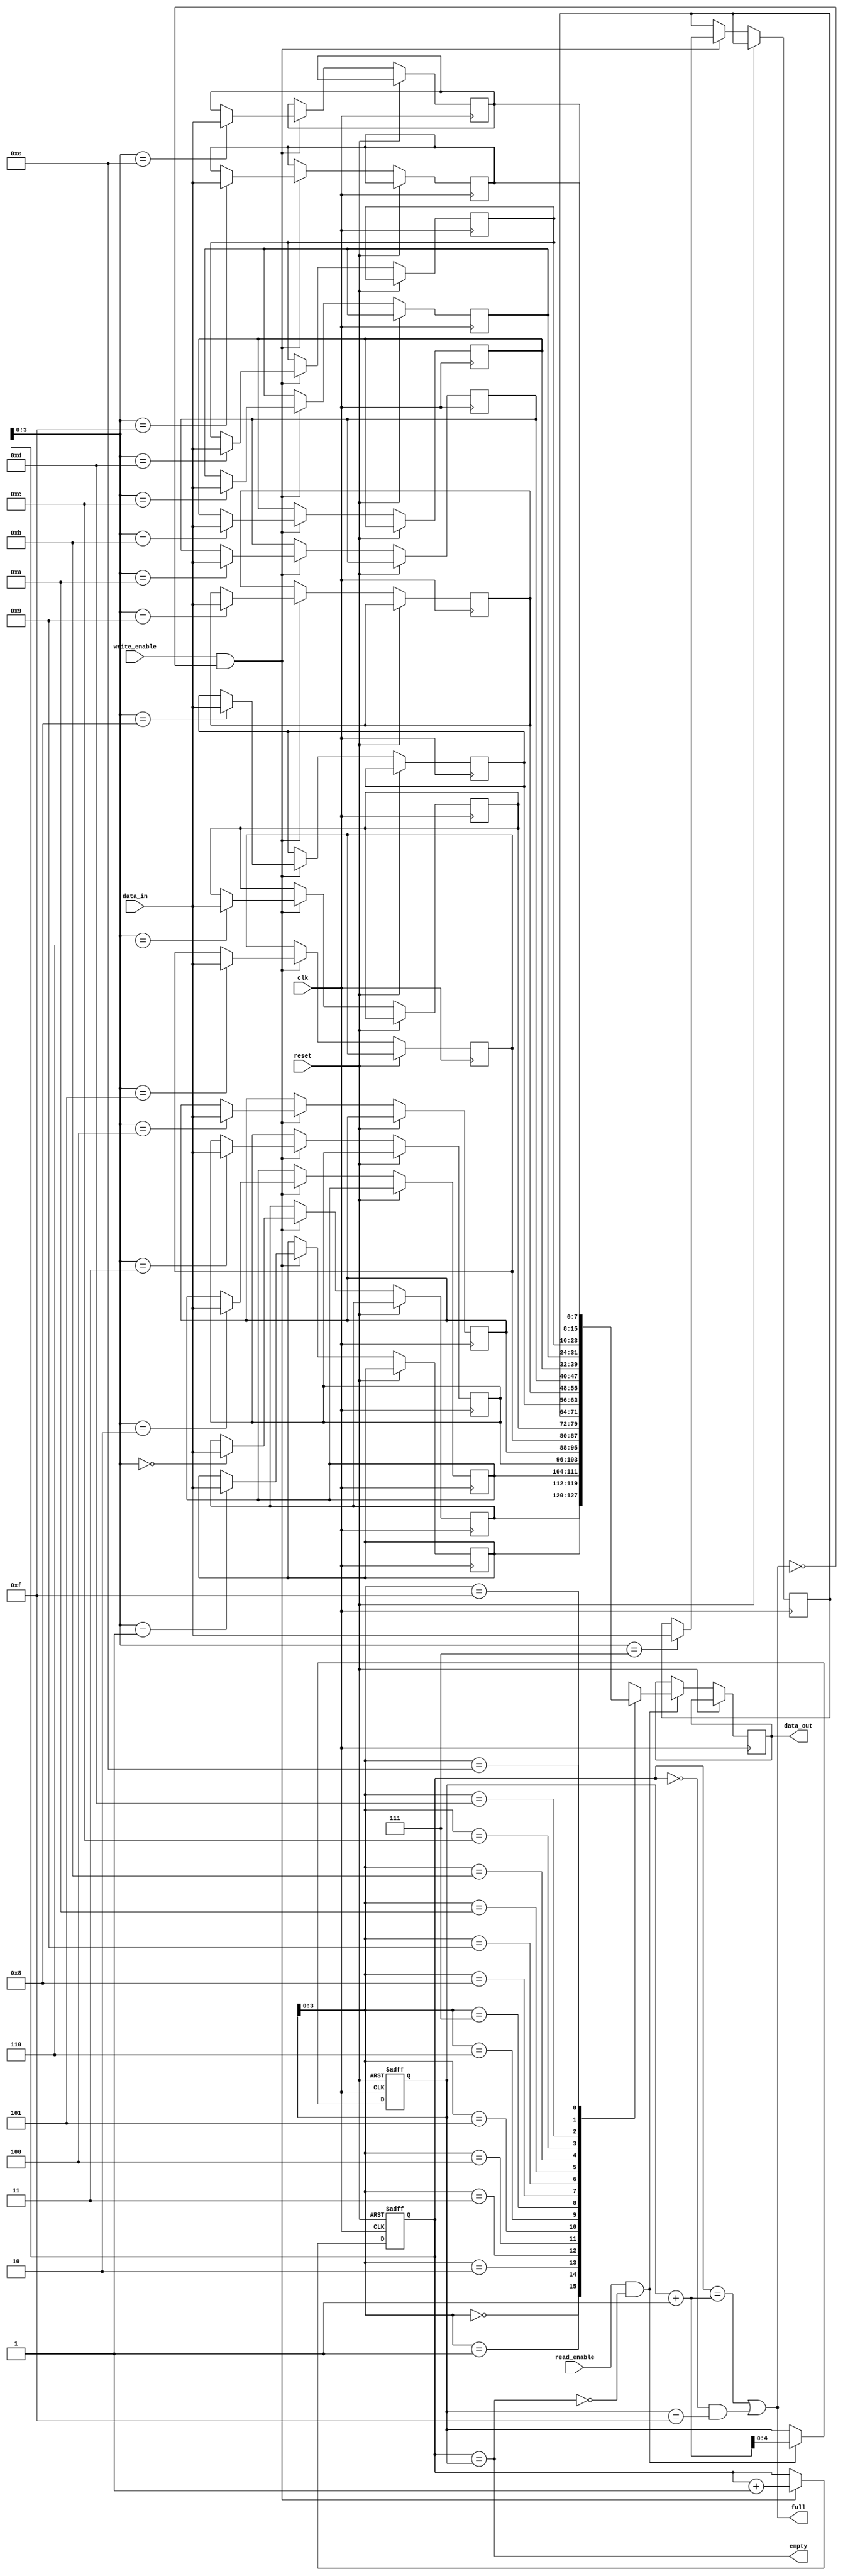
module fifo_buffer (
input wire clk,
input wire reset,
input wire write_enable,
input wire read_enable,
input wire [DATA_WIDTH-1:0] data_in,
output reg [DATA_WIDTH-1:0] data_out,
output wire full,
output wire empty
);

parameter DEPTH = 16;
parameter DATA_WIDTH = 8;

reg [DATA_WIDTH-1:0] memory [0:DEPTH-1];
reg [4:0] write_pointer;
reg [4:0] read_pointer;

assign full = ((write_pointer == read_pointer + 1) || (write_pointer == 0 && read_pointer == DEPTH-1));
assign empty = (write_pointer == read_pointer);

always @ (posedge clk or posedge reset) begin
if (reset) begin
write_pointer <= 0;
read_pointer <= 0;
end else begin
if (write_enable && !full) begin
memory[write_pointer] <= data_in;
write_pointer <= write_pointer + 1;
end

if (read_enable && !empty) begin
data_out <= memory[read_pointer];
read_pointer <= read_pointer + 1;
end
end
end

endmodule